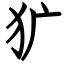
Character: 犷